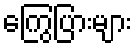
ကြွေပြားများ